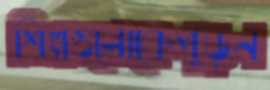
শিল্পগুলোকেপুড়ন